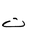
Letter: _ta